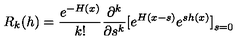
R _ { k } ( h ) = { \frac { e ^ { - H ( x ) } } { k ! } } { \frac { \partial ^ { k } } { \partial s ^ { k } } } \mathrm { \large [ } e ^ { H ( x - s ) } e ^ { s h ( x ) } \mathrm { \large ] } _ { s = 0 }